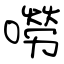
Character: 嘮